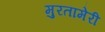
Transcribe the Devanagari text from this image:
मुरतामेरी